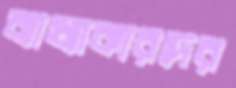
ব্যাখ্যাকারদের